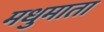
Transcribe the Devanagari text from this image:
मधुमाता